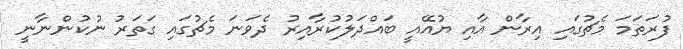
ފުރަތަމަ މެޗުގައި އިރާން އާއި ޔުއޭއީ ބައްދަލުކުރާއިރު ދެވަނަ މެޗުގައި ގަތަރު ނުކުންނާނީ